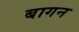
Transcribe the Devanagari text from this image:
बागन